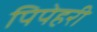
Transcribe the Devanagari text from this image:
पिपेहरी